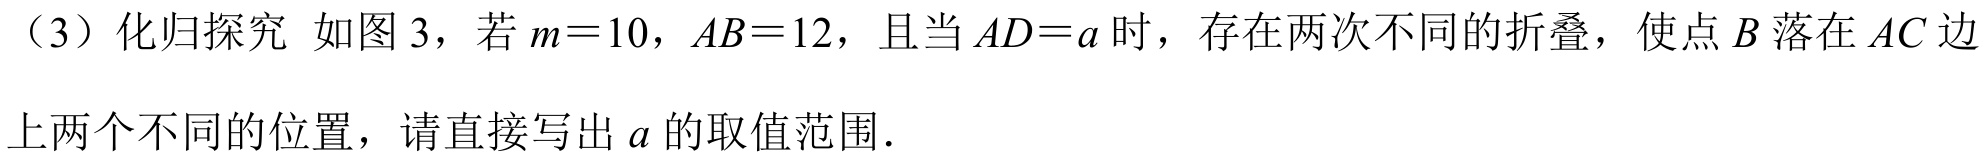
（3）化归探究 如图 3，若\(m = 10\)，\(AB = 12\)，且当\(AD = a\)时，存在两次不同的折叠，使点\(B\)落在\(AC\)边
上两个不同的位置，请直接写出\(a\)的取值范围.